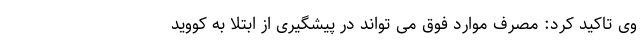
وی تاکید کرد: مصرف موارد فوق می تواند در پیشگیری از ابتلا به کووید